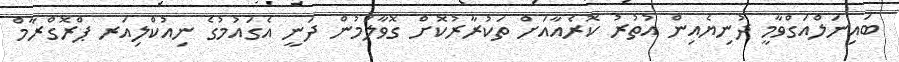
ބައިނަލްއަގްވާމީ ދުނިޔެއިން އުތުރު ކޮރެއާއަށް ތަކުރާރުކޮށް ގޮވާލަމުން ދަނީ އެގައުމުގެ ނިއުކްލިއަރ ޕްރޮގްރާމް